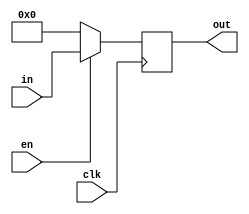
module reg_8bit (input clk, input en, input [7:0] in, output reg [7:0] out);
  always @(posedge clk) begin

	if (en)begin
      out <= in;
  end else 
        out <= 0;
    end 
endmodule